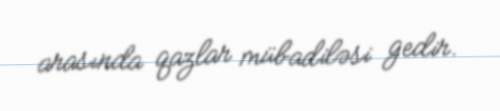
arasında qazlar mübadiləsi gedir.